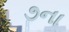
૭ના